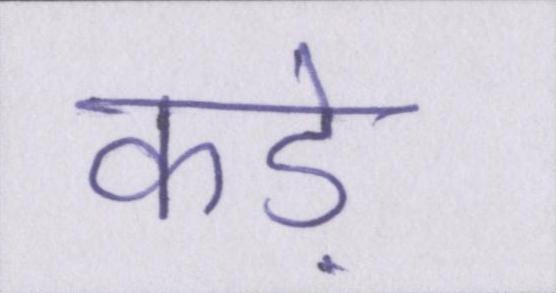
कड़े